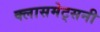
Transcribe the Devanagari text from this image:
क्लासमेट्सनी